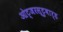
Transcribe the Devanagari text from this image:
ओट्जरस्टुवार्ड